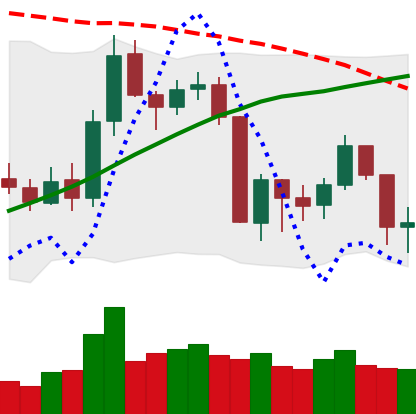
Ticker: BNB-USD
Chart end date: 2019-08-22
Forward return: -5.169%
Label: down_5_7